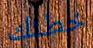
خطئك